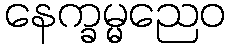
နေက္ခမ္မညေဝ